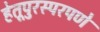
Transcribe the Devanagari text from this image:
हेतूपुरस्परपणे